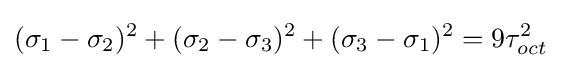
(\sigma _{1}-\sigma _{2})^{2}+(\sigma _{2}-\sigma _{3})^{2}+(\sigma _{3}-\sigma _{1})^{2}=9\tau _{oct}^{2}